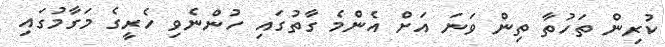
ކުރިން ތަހުތާ ތިން ވަނަ އަށް އެންމެ ގާތުގައި ހުންނެވި ހެރީގެ މަގާމުގައި